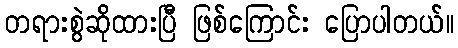
တရားစွဲဆိုထားပြီ ဖြစ်ကြောင်း ပြောပါတယ်။